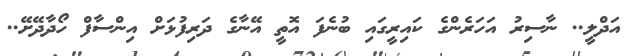
އަދްލީ.. ނާސިރު އަހަރެންގެ ކައިރީގައި ބުނެފަ އޮތީ އޭނާގެ ދަރިފުޅަށް އިންސާފް ހޯދާދޭށޭ..